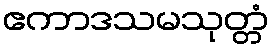
ဧကာဒသမသုတ္တံ